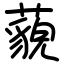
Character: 藐